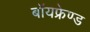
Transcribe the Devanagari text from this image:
बॉयफ्रेण्ड